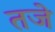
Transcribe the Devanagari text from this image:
तजे